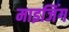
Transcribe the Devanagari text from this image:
माइजिंग